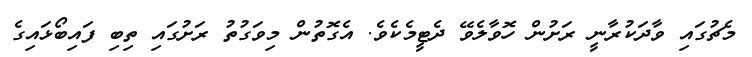
މެޗުގައި ވާދަކުރާނީ ރަށުން ހޮވާލެވޭ ދެޓީމެކެވެ. އެގޮތުން މިވަގުތު ރަށުގައި ތިބި ފައިބޯޅައިގެ